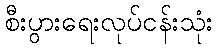
စီးပွားရေးလုပ်ငန်းသုံး